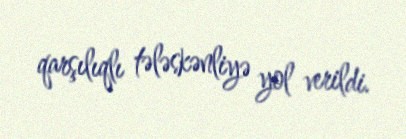
qarşılıqlı tələskənliyə yol verildi.